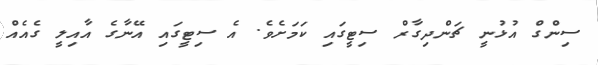
ސިންގް އުޅުނީ ޗަންދިގާރް ސިޓީގައި ކަމަށެވެ. އެ ސިޓީގައި އޭނާގެ އާއިލީ ގެއެއް